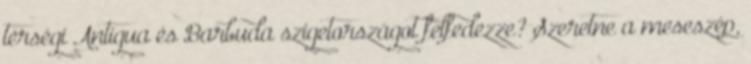
térségi Antigua és Barbuda szigetországot felfedezze? Szeretne a meseszép,